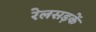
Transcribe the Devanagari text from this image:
रेलसड़कें